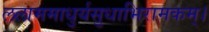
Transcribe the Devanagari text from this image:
ललाममाधुर्यसुधाभिरामकम्।